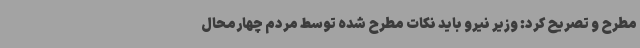
مطرح و تصریح کرد: وزیر نیرو باید نکات مطرح شده توسط مردم چهارمحال